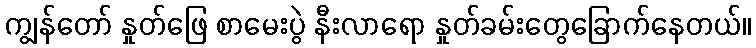
ကျွန်တော် နှုတ်ဖြေ စာမေးပွဲ နီးလာရော နှုတ်ခမ်းတွေခြောက်နေတယ်။